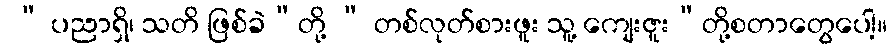
 “ ပညာရှိ၊ သတိ ဖြစ်ခဲ”တို့ “ တစ်လုတ်စားဖူး သူ့ ကျေးဇူး”တို့စတာတွေပေါ့။